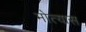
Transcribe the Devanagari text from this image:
मोत्यास